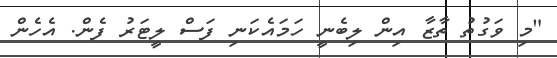
"މި ވަގުތު ތާޒާ އިން ލިބެނީ ހަމައެކަނި ފަސް ލީޓަރު ފެން. އެހެން